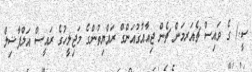
ސީ.) ގެ ވައިސް ޗެއަރމަން ޗެން ޖިއާއުގުއަންގް ރައްޔިތުންގެ މަޖިލީހުގެ ރައީސް އަލްފާޟިލް